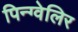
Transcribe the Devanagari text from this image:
पिन्ग्वेलिर